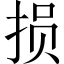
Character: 损